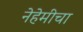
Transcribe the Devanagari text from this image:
नेहेमीचा